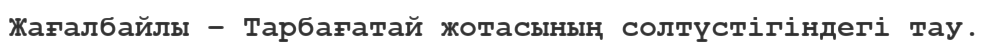
Жағалбайлы – Тарбағатай жотасының солтүстігіндегі тау.